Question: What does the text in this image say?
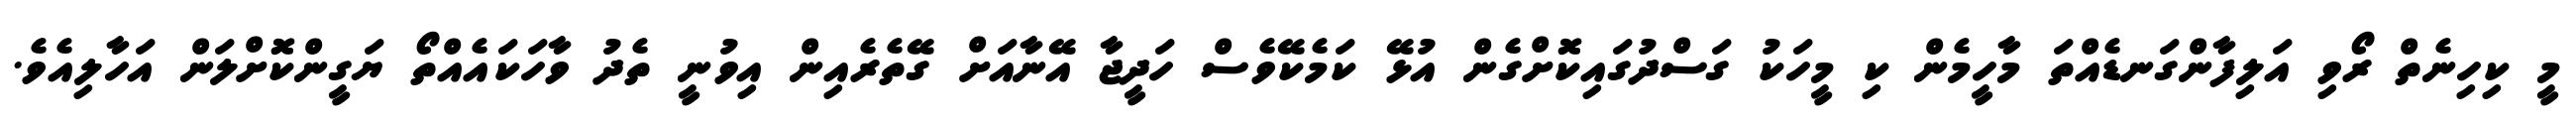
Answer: މީ ކިހިނެތް ރޯވި އަލިފާންގަނޑެއްތަ މާހީމެން ކި މީހަކު ގަސްދުގައިކޮށްގެން އުޅޭ ކަމެކޭވެސް ހަދީޖާ އޭނާއަށް ގޭތެރެއިން އިވުނީ ތެދު ވާހަކައެއްތޯ ޔަގީންކޮށްލަން އަހާލިއެވެ.